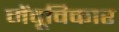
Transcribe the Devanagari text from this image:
मेंदूविकार